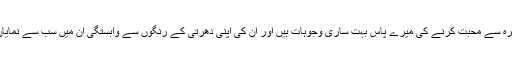
رؤف کلاسرہ سے محبت کرنے کی میرے پاس بہت ساری وجوہات ہیں اور ان کی اپنی دھرتی کے رنگوں سے وابستگی ان میں سب سے نمایاں وجہ ہے۔